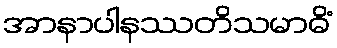
အာနာပါနဿတိသမာဓိံ